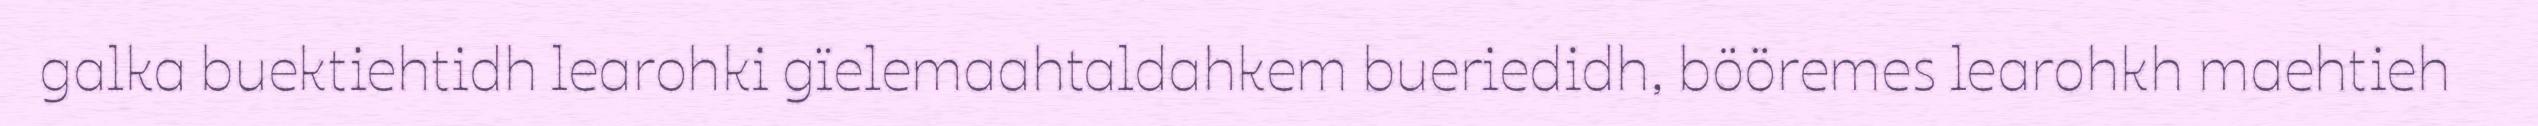
galka buektiehtidh learohki gïelemaahtaldahkem bueriedidh, bööremes learohkh maehtieh